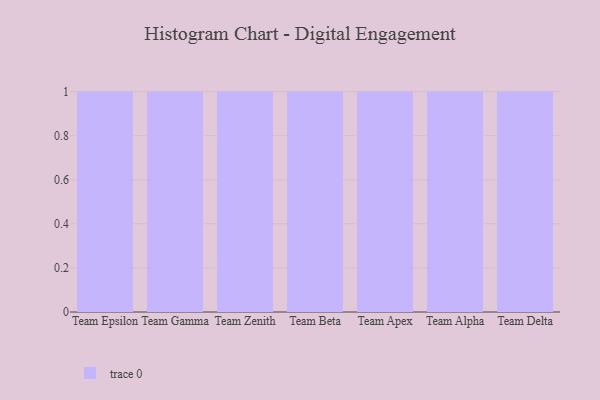
{"axis": {"x": "Team", "y": "Humidity (%)"}, "legend": [""], "data": [{"x": "Team Epsilon", "y": 12, "type": ""}, {"x": "Team Gamma", "y": 61, "type": ""}, {"x": "Team Zenith", "y": 80, "type": ""}, {"x": "Team Beta", "y": 99, "type": ""}, {"x": "Team Apex", "y": 33, "type": ""}, {"x": "Team Alpha", "y": 1, "type": ""}, {"x": "Team Delta", "y": 57, "type": ""}]}